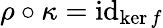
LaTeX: \rho\circ\kappa=\operatorname{id}_{\ker f}